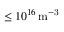
\leq 1 0 ^ { 1 6 } \, \mathrm { m ^ { - 3 } }